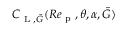
C _ { \textup { L } , \tilde { G } } ( R e _ { \textup { p } } , \theta , \alpha , \tilde { G } )